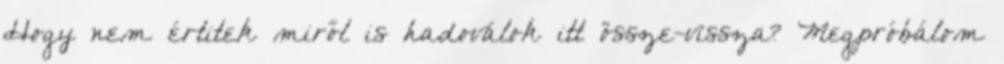
Hogy nem értitek miről is hadoválok itt össze-vissza? Megpróbálom